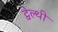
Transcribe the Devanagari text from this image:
ट्वेल्‍थी